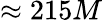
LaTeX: \approx 215M